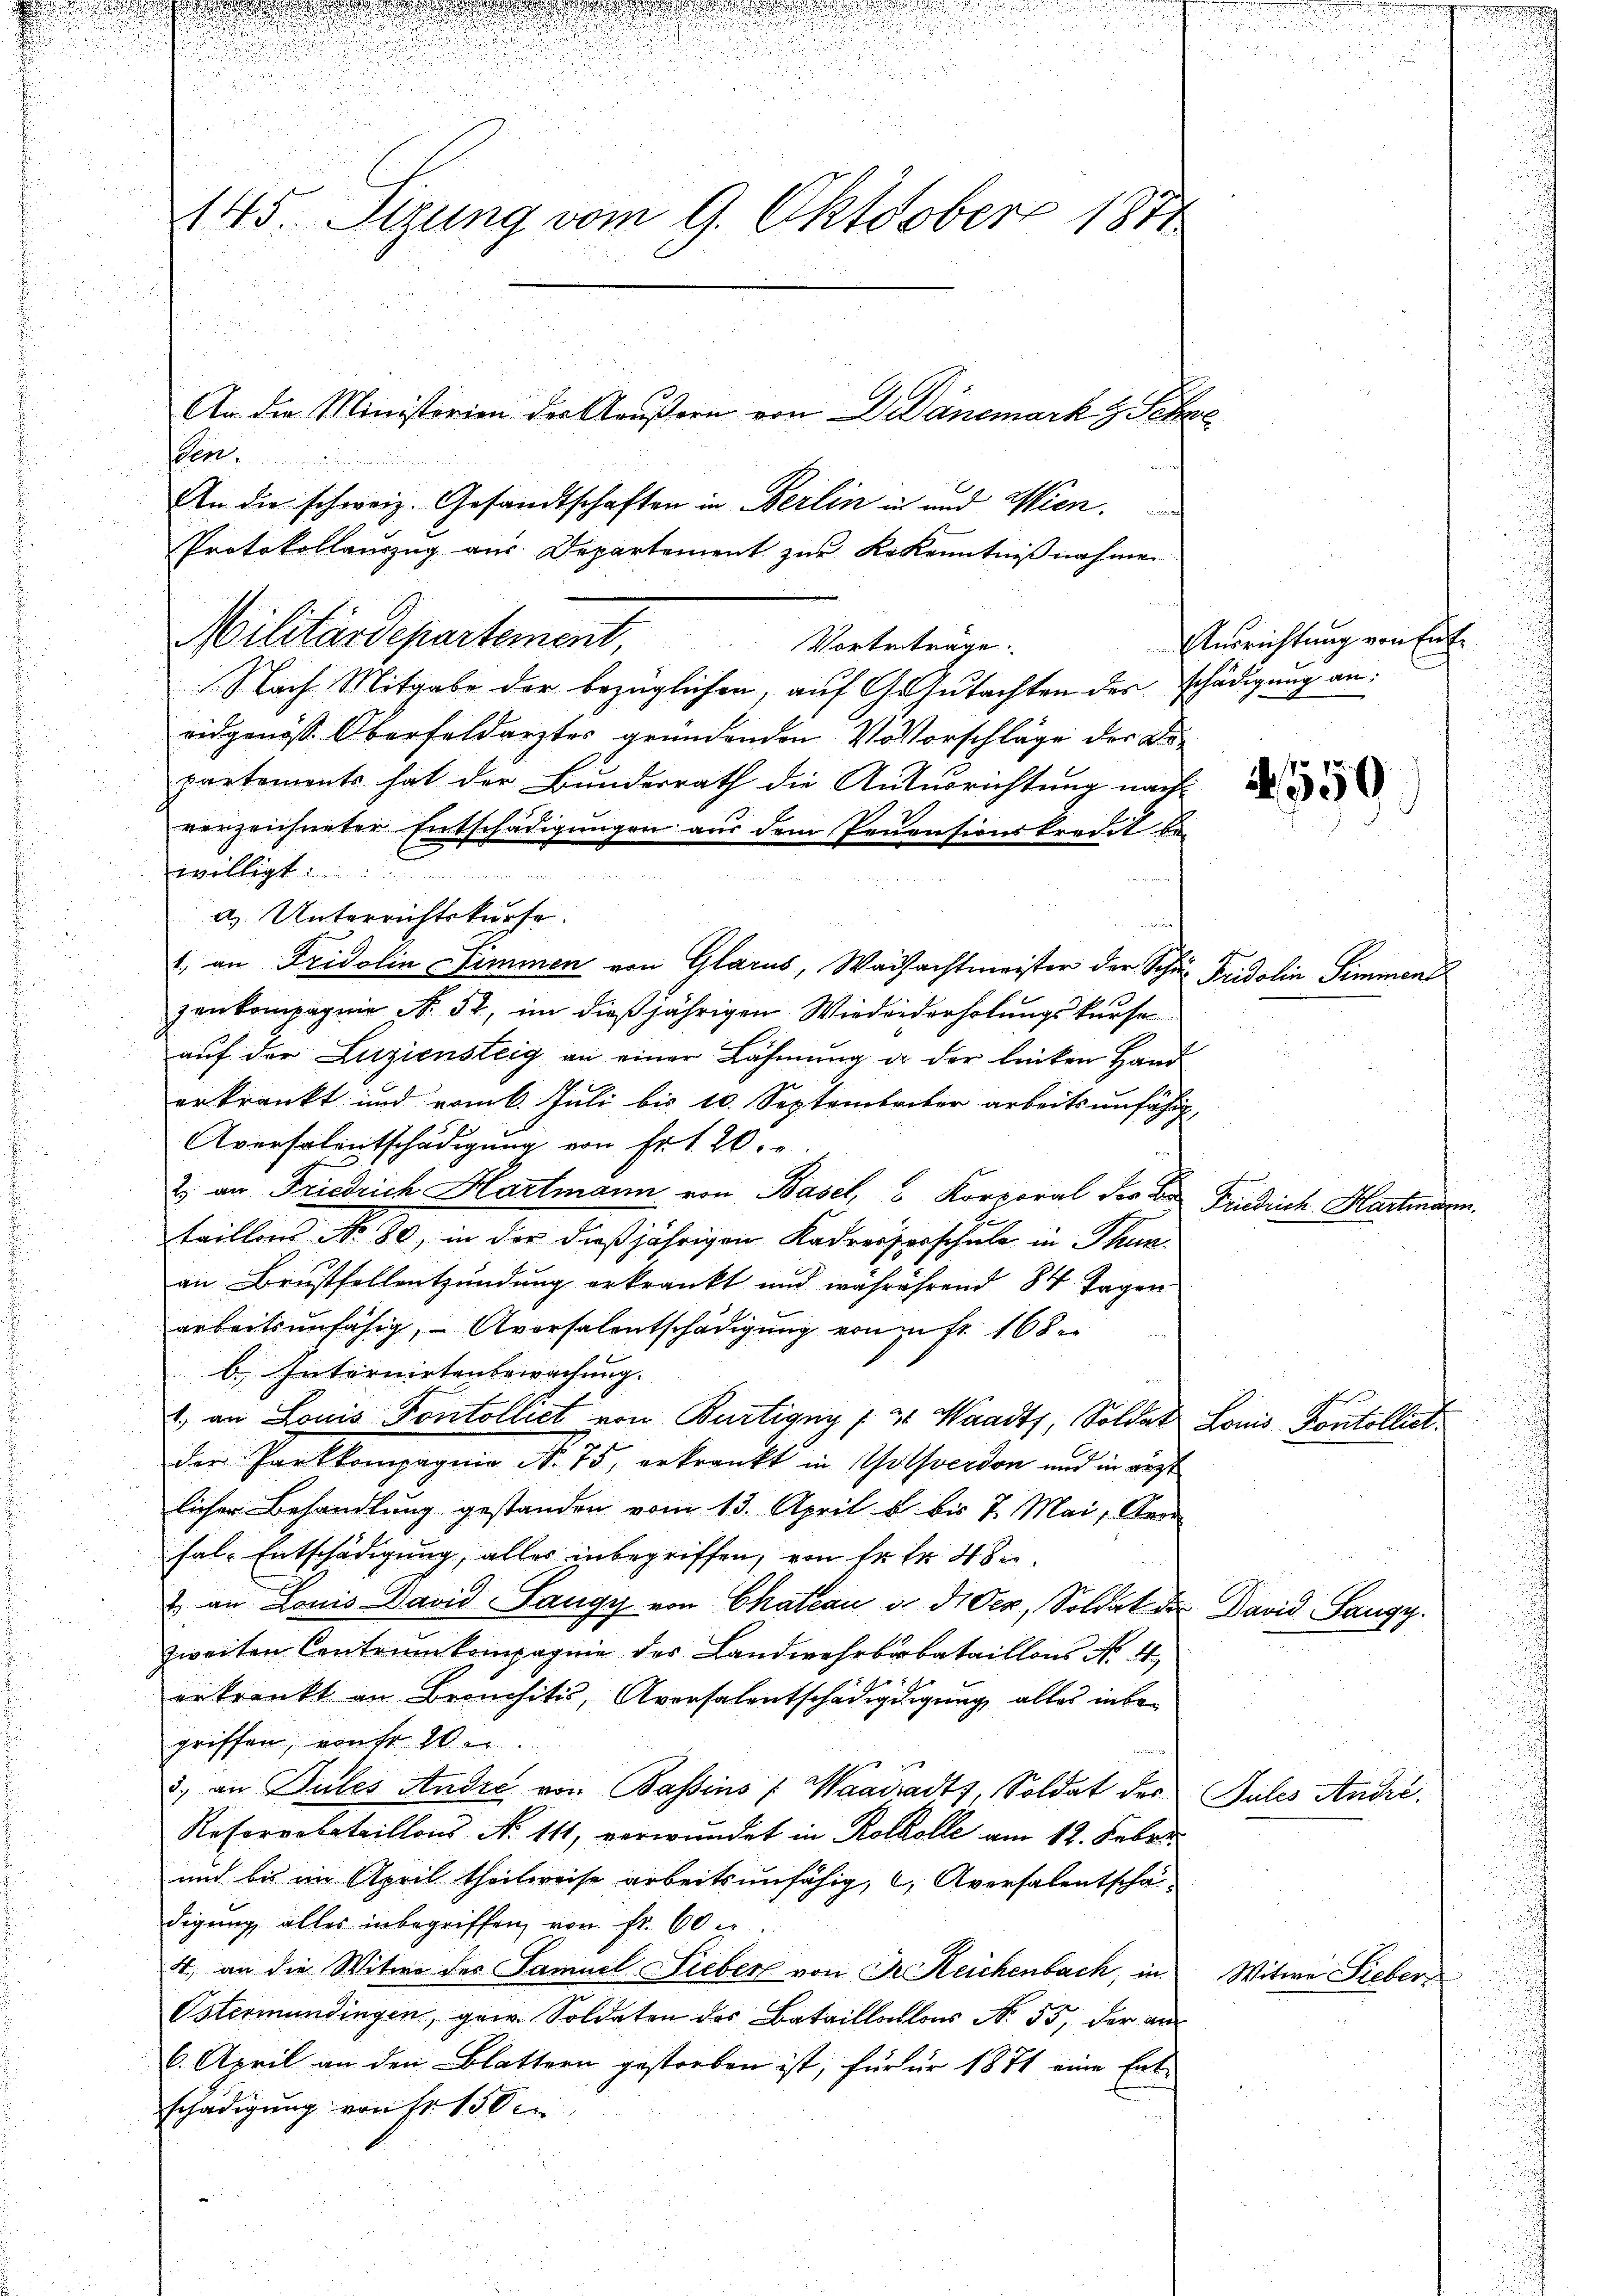
145. Sizung vom 9. Oktober 1874
An die Ministerien der Aeußern von Dr. Danemark z. Febr
ten.
An die schweiz. Gesandtschaften in Berlin in und Wien.
Protokollauszug aus Departement zur Rekenntnißnahme

Militärdepartement Vortetruge
Nach Mitgabe der bezüglichen, auf Gesutachten des schädigung an:
ridgenöß Oberfeldarztes gründenden Vovorschläge der Dipartements hat der Bunderrath die Ansusrichtung nach
verzeichneter Entschädigungen aus dem Peuensionskredit be-
willigt:
a) Unterrichtskurse.
1. an Fridolin Simmen von Glarus, Waisachtmeister der Schür Fridolin Simmen
zenkompagnie N. 32, im dießjährigen Wiedeiderholungskurse
aŭf der Luziensteig an einer Lähmung an der linken Hand
erkrankt und vom 6. Juli bis 10. Septembriker arbeitsunfähig,
Aversalentschädigung von Fr. 120.
2. an Friedrich Hartmann von Basel, Korporal der Dr Friedrich Hartman
taillons No 80, in der dießjährigen Kadresserschule in Thunan Brustfellentzündung erkrankt und währührend 84 Tagen
arbeitsunfähig, Aversalentschädigung von fr. 168
b. Internirtenbewachung.
1.) an Louis Kontolliet von Bürtigny / 21. Waadt, Soldat
der Parkkompagnie N. 75, erkrankt in Golsverdon und in ärzt
licher Behandlung gestanden vom 13. April u. bis 7. Mai, Kron
fal-Entschädigung, alles inbegriffen, von fr. fr. 4 de
& an Louis David Sangy von Chateau v. Sider, Soldat de
zweiten Contrumkompagnie des Landwehrbarbataillons N. 44
erkrankt an Bronchitis, Aversalentschädigdigung alles inbegriffen, von fr 20.
3) an Gutes Andre von Bassins : Waadradts, Soldat des Pules André.
Resorrobataillons N. 111, verwundet in Rotkolle am 12. Febr.
und bis im April theilweise arbeitsunfähig, c, Aversalentschadigung alles inbegriffen, von Fr. 60
4, an die Witwe des Samuel Lieber von Dr. Reichenbach, in
Östermundingen, gew. Soldaten des Bataillonlons No. 55, der au
6. April an den Blattern gestorben ist, für für 1871 eine Entschädigung von Fr. 150

Ausrichtung von Ent¬

E

Louis Pontolliet.

4559

David Sangy.

Witwe Sieber